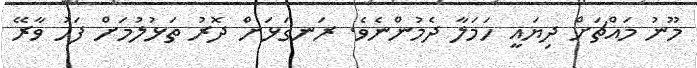
މޫނު މައްޗަށް ދިޔައީ ހަމަލާ ދެމުންނެވެ. ރަނގަޅަށް ދޮރު ތަޅުލުމަށް ފަހު ވާރޭ